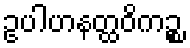
ဥပါဟနတ္ထဝိကဉ္စ